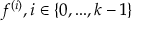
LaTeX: f ^ { ( i ) } , i \in \{ 0 , . . . , k - 1 \}